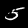
Label: 5